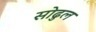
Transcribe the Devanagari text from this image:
सोढुल